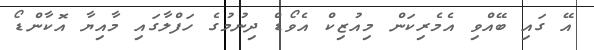
އޭ ގައި ބޭއްވި އެމެރިކަން މިއުޒިކް އެވޯޑް ދިނުމުގެ ހަފްލާގައި މާއިޔާ އޮކާންޑޯ